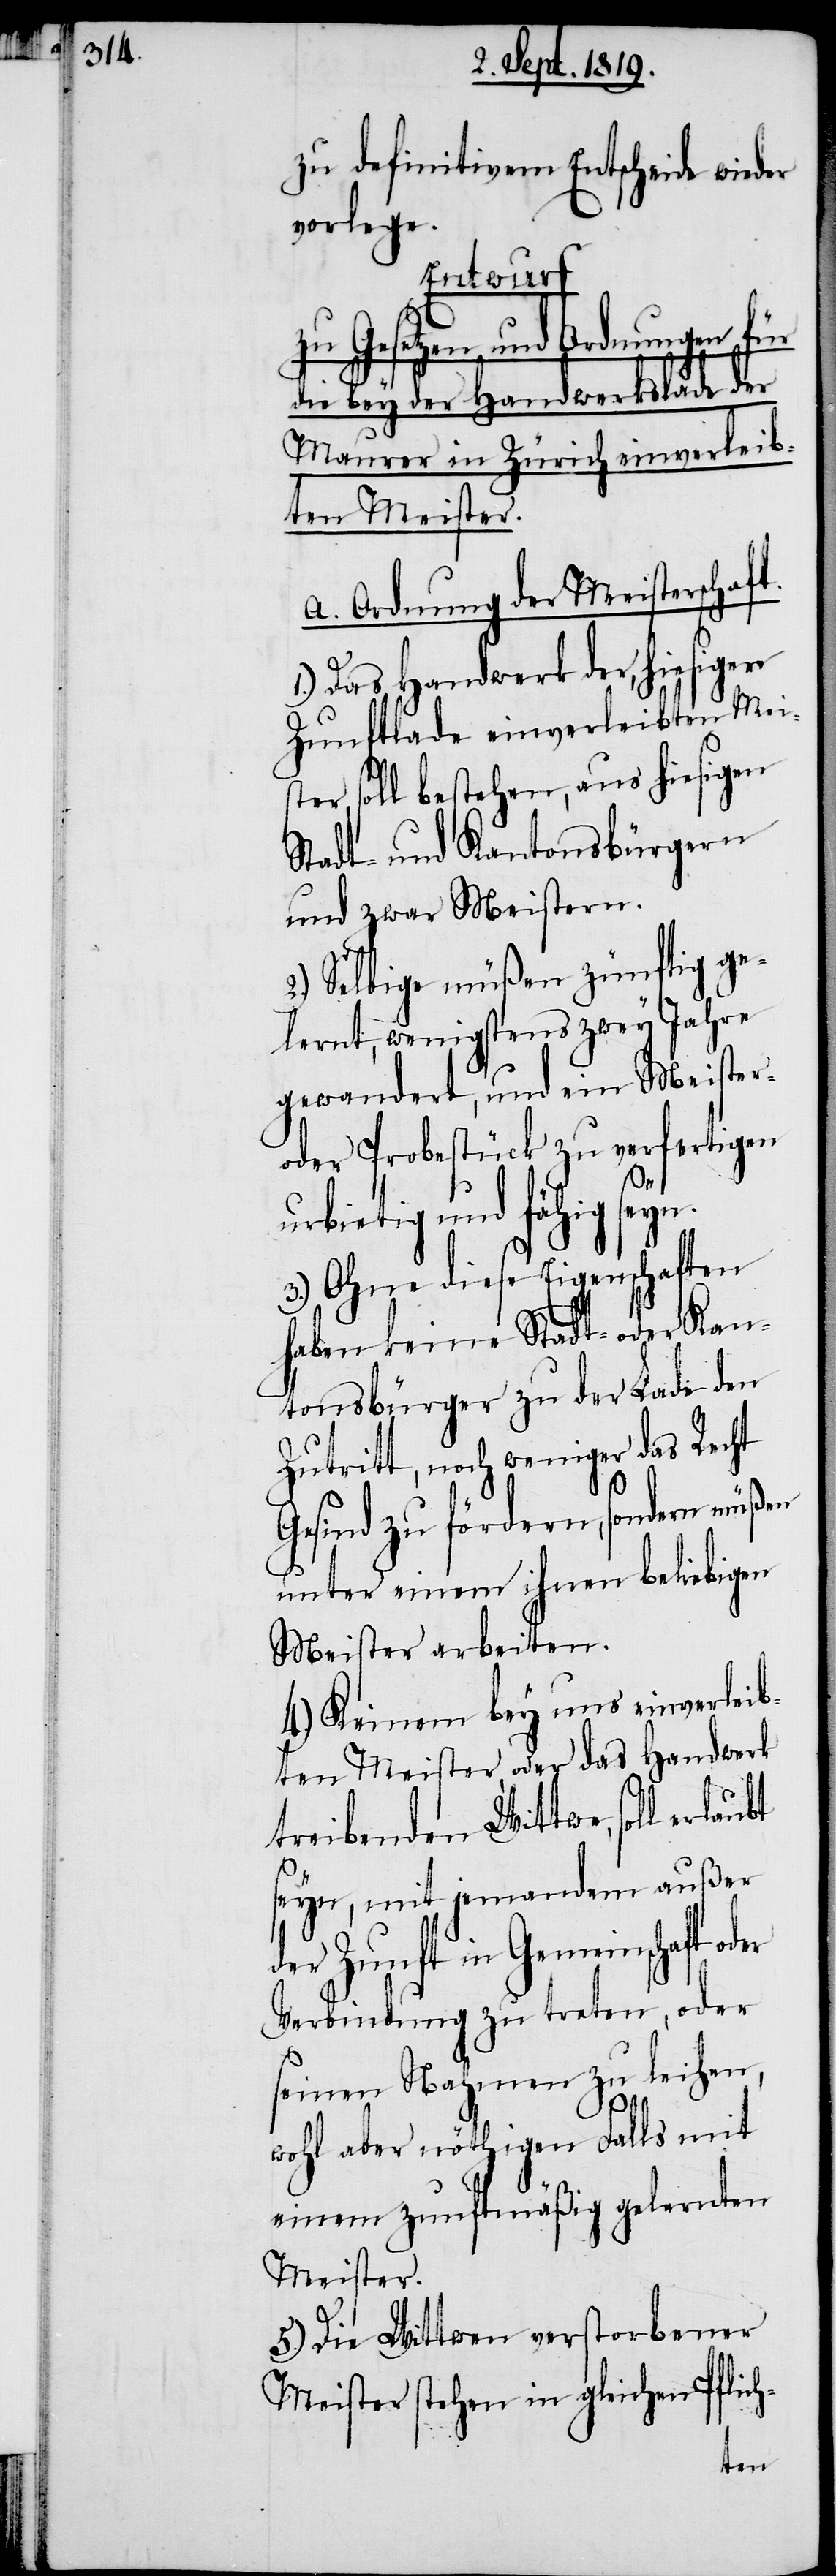
zu defnitivem Entscheide wieder
vorlege.
Entwurf
zu Gesetzen und Ordnungen für
die bey der Handwerkslade der
Maurer in Zürich einverleib¬
ten Meister.
A. Ordnung der Meisterschaft
1.) Das Handwerk der, hiesigen
Zunftlade einverleibten Meist¬
er, soll bestehen, aus hiesigen
Stadt- und Kantonsbürgern
und zwar Meistern.
2.) Selbige müßen zünftig ge¬
lernt, wenigstens zwey Jahre
gewandert, und ein Meister-
oder Probestück zu verfertigen
urbietig und fähig seyn.
3.) Ohne diese Eigenschaften
haben keine Stadt- oder Kan¬
tonsbürger zu der Lade den
Zutritt, noch weniger das Recht
Gesind zu fördern, sondern müßen
unter einem ihnen beliebigen
Meister arbeiten.
4.) Keinem bey uns einverleib¬
ten Meister, oder das Handwerk
treibenden Wittwe, soll erlaubt
seyn, mit jemandem außer
der Zunft in Gemeinschaft o¬
Verbindung zu treten, oder
seinen Nahmen zu leihen,
wohl aber nöthigen Falls mit
einem zunftmäßig gelernten
Meister.
5.) Die Wittwen verstorbener
Meister stehen in gleichen Pflich-
der